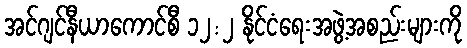
အင်ဂျင်နီယာကောင်စီ ၁၂:၂ နိုင်ငံရေးအဖွဲ့အစည်းများကို